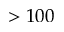
> 1 0 0